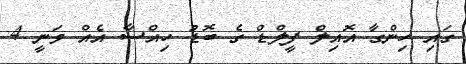
ގައި ހިންގާ އޮއިލް ފީލްޑް ގެ ބޮޑު ހިއްސާ އެއް ވަނީ 4